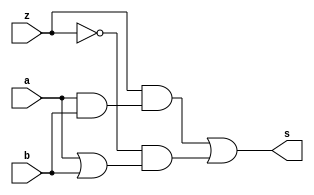
//-----
//Exemplo0032 - F4
//Andre Campolina
//381217
//-----

//-------
//f4_gate
//-------
module f4(output s, input a, input  b, input z);
wire  p;
wire  q;
wire  m;
wire  n;
wire  o;

or O1(p,a,b);

and A0(q,a,b);

and A1(m,z,q);

and A2(n,!z,p);

or O3(s,m,n);


endmodule

//-------
//Modulo de teste
//-------

module test_f4;

reg x;
reg y;
reg sel;
wire z;

f4 modulo(z,x,y,sel);

initial begin

	$display("Exemplo0032 - Andre Campolina - 381217");
	$display("Test LU's module");
	
	x = 1;
	y = 0;
	sel = 0;
	
	#1 $display("%3b %3b %b %3b",x,y,sel,z);
	
	x = 1;
	y = 1;
	sel = 1;
	
	#1 $display("%3b %3b %3b",x,y,sel,z);
	
end

endmodule